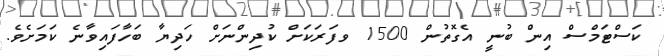
ކަސްޓަމްސް އިން ބުނީ އެގޮތުން 1500 ވފަރަކަށް ކުދިންނަށް ހަދިޔާ ބަހާފައިވާނެ ކަމަށެވެ.